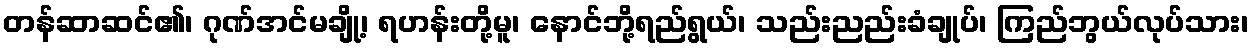
တန်ဆာဆင်၏၊ ဂုဏ်အင်မချို့၊ ရဟန်းတို့မူ၊ နောင်ဘို့ရည်ရွယ်၊ သည်းညည်းခံချုပ်၊ ကြည်ဘွယ်လုပ်သား၊